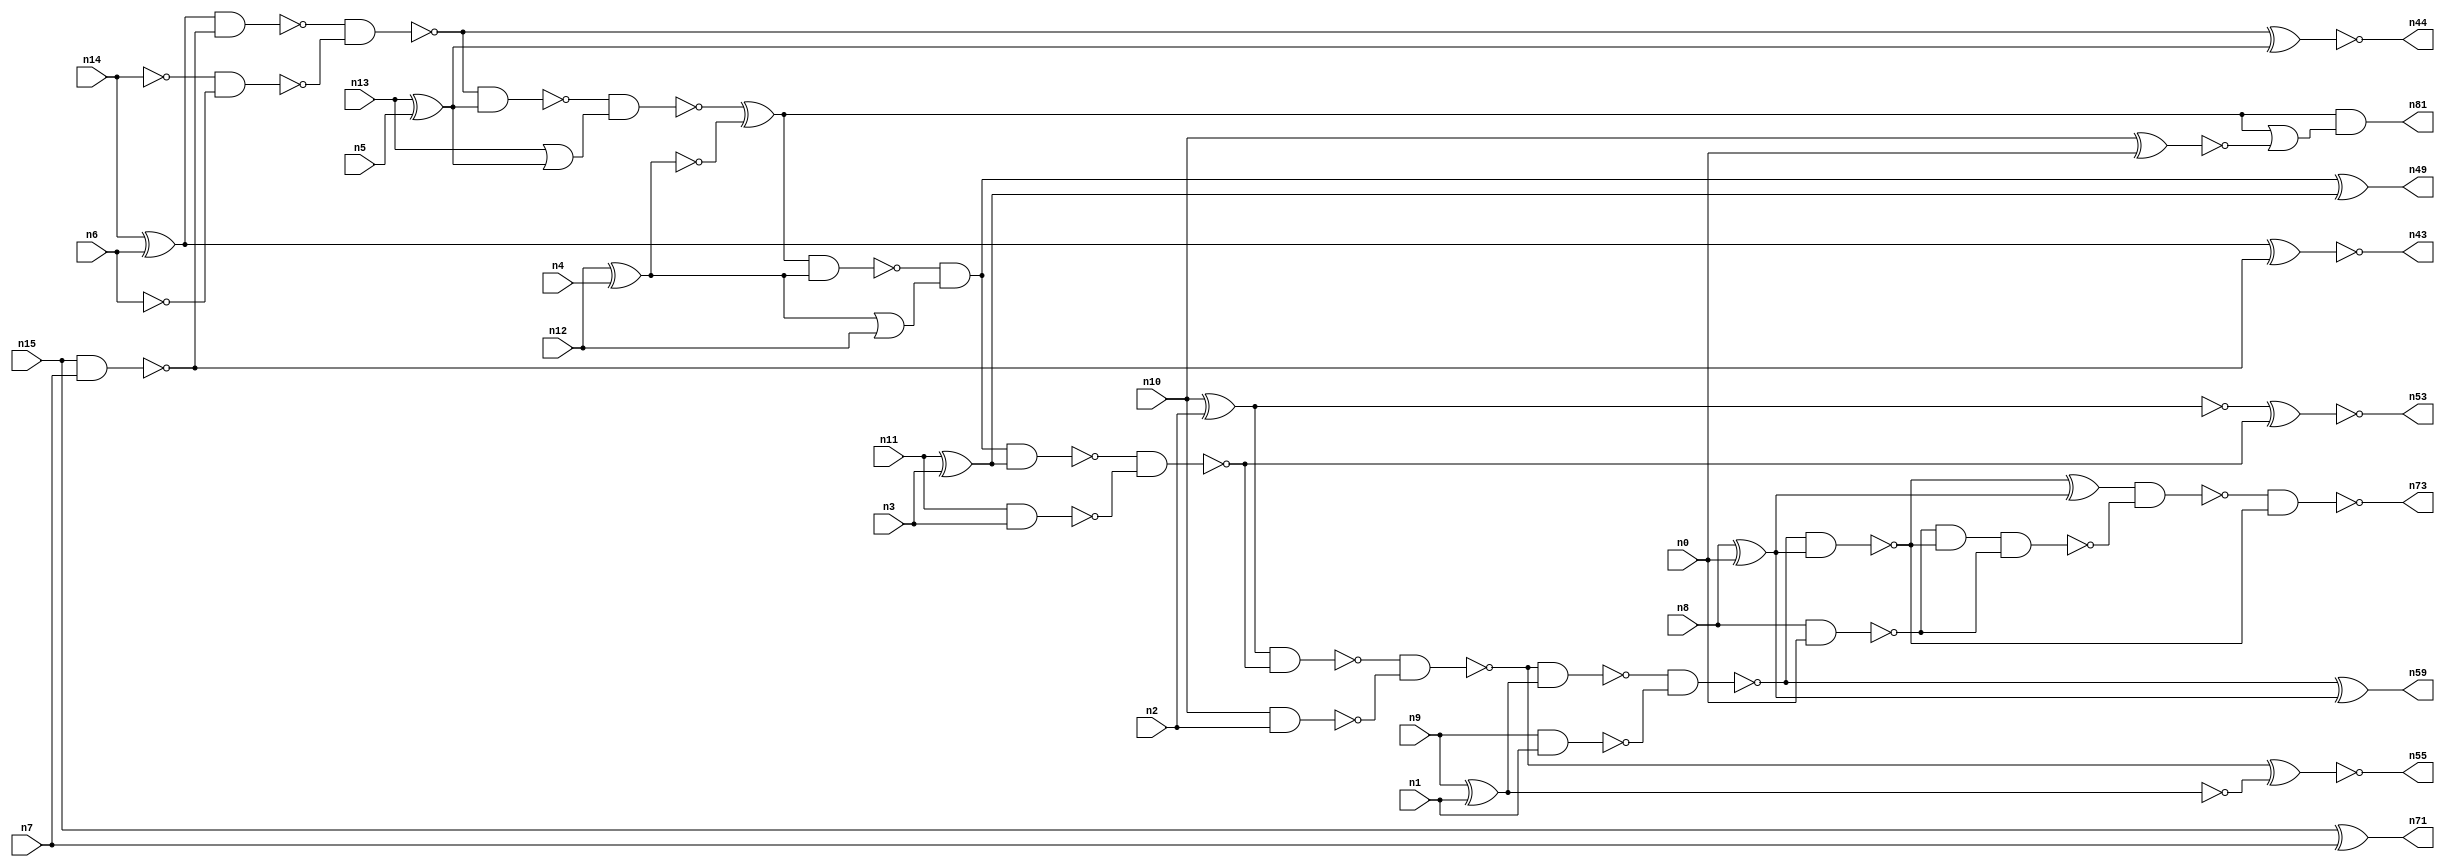
// This program was cloned from: https://github.com/umar-afzaal/ReCkt
// License: MIT License

// This file contains a pareto-optimal circuit with respect to power and the fault-resilince parameter p_fault which is defined as:
// "For all input vectors, the ratio of the no. of faults observable at the POs to the no. of total possible faults in the circuit".
// This code is part of the ReCkt library (https://github.com/umar-afzaal/ReCkt) distributed under The MIT License.
// When used, please cite the following article(s):
// U. Afzaal, A.S. Hassan, M. Usman and J.A. Lee, "On the Evolutionary Synthesis of Increased Fault-resilience Arithmetic Circuits".

// p_fault = 84.7 %    (Lower is better)
// gates = 53.0
// levels = 19
// area = 70.26    (For MCNC library relative to nand2)
// power = 310.5 uW    (Berkely-SIS for MCNC library @ Vdd=5V and 20 MHz clock)
// delay = 22.6 ns    (Berkely-ABC for MCNC library)
// PDP = 7.0173e-12 J

// Pin mapping:
// {n0, n1, n2, n3, n4, n5, n6, n7} = A[7:0]
// {n8, n9, n10, n11, n12, n13, n14, n15} = B[7:0]
// {n73, n59, n55, n53, n49, n81, n44, n43, n71} = O[8:0]

module addr8u_power_17 (
n0, n1, n2, n3, n4, n5, n6, n7, n8, n9, n10, n11, n12, n13, n14, n15, 
n73, n59, n55, n53, n49, n81, n44, n43, n71
);

input n0, n1, n2, n3, n4, n5, n6, n7, n8, n9, n10, n11, n12, n13, n14, n15;
output n73, n59, n55, n53, n49, n81, n44, n43, n71;
wire n30, n24, n52, n63, n46, n18, n60, n17, n42, n51, n45, n78, n36, n47, n20, n37, n56, n23, n16, n40, 
n48, n66, n21, n25, n41, n54, n27, n33, n28, n58, n22, n38, n39, n57, n31, n70, n19, n34, n32, n26, 
n50, n29, n64, n35;

xor (n16, n14, n6);
nand (n17, n10, n2);
nand (n18, n15, n7);
xor (n19, n13, n5);
nand (n20, n9, n1);
xor (n21, n8, n0);
nand (n22, n14, n14);
xor (n23, n11, n3);
xnor (n24, n15, n7);
xor (n25, n10, n2);
or (n26, n13, n19);
xor (n27, n12, n4);
nand (n28, n8, n0);
nand (n29, n11, n3);
nand (n30, n6, n6);
xnor (n31, n9, n1);
or (n32, n27, n12);
nand (n33, n27, n27);
nand (n34, n16, n18);
and (n35, n19, n19);
nand (n36, n22, n30);
nand (n37, n25, n25);
nand (n38, n31, n31);
nand (n39, n38, n38);
and (n40, n16, n16);
nand (n41, n34, n36);
nand (n42, n41, n19);
xnor (n43, n40, n18);
xnor (n44, n41, n35);
nand (n45, n42, n26);
xor (n46, n45, n33);
nand (n47, n46, n27);
and (n48, n47, n32);
xor (n49, n48, n23);
nand (n50, n48, n23);
nand (n51, n50, n29);
nand (n52, n25, n51);
xnor (n53, n37, n51);
nand (n54, n52, n17);
xnor (n55, n54, n39);
nand (n56, n54, n38);
nand (n57, n56, n20);
nand (n58, n57, n21);
xor (n59, n57, n21);
and (n60, n28, n58);
xnor (n63, n10, n0);
nand (n64, n60, n28);
xor (n66, n58, n21);
nand (n70, n66, n64);
nor (n71, n24, n24);
nand (n73, n70, n58);
or (n78, n46, n63);
and (n81, n46, n78);

endmodule